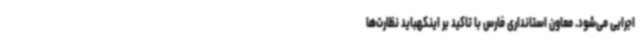
اجرایی می‌شود. معاون استانداری فارس با تاکید بر اینکهباید نظارت‌ها